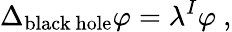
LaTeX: \Delta_{\mathrm{black~hole}}\varphi=\lambda^{I}\varphi~,